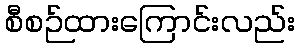
စီစဉ်ထားကြောင်းလည်း